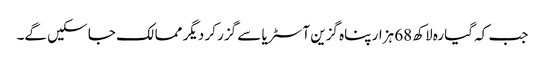
جب کہ گیارہ لاکھ 68 ہزار پناہ گزین آسٹریا سے گزر کر دیگر ممالک جا سکیں گے۔